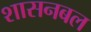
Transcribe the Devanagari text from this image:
शासनबल